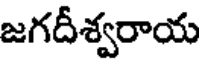
జగదీశ్వరాయ